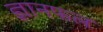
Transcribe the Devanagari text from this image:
ज्ञानफल